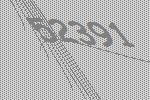
52391